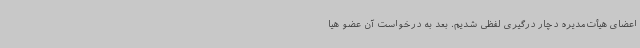
اعضای هیأت‌مدیره دچار درگیری لفظی شدیم. بعد به درخواست آن عضو هیا